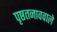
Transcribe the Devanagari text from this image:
पृष्ठतनाववाले